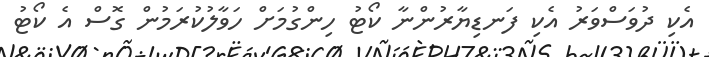
އެކި ދުވަސްވަރު އެކި ފަނޑިޔާރުންނާ ކޯޓު ހިންގުމަށް ހަވާލުކުރަމުން ގޮސް އެ ކޯޓު